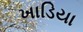
ખાડિયા